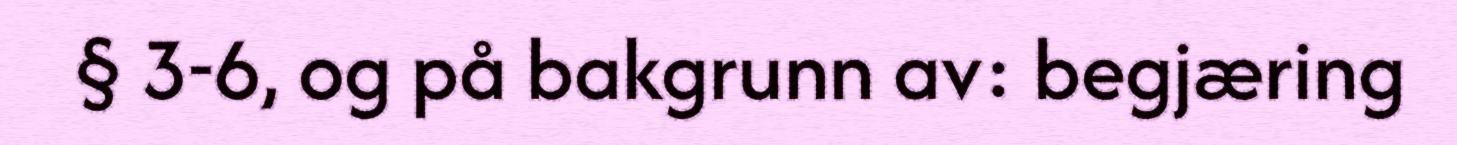
§ 3-6, og på bakgrunn av: begjæring